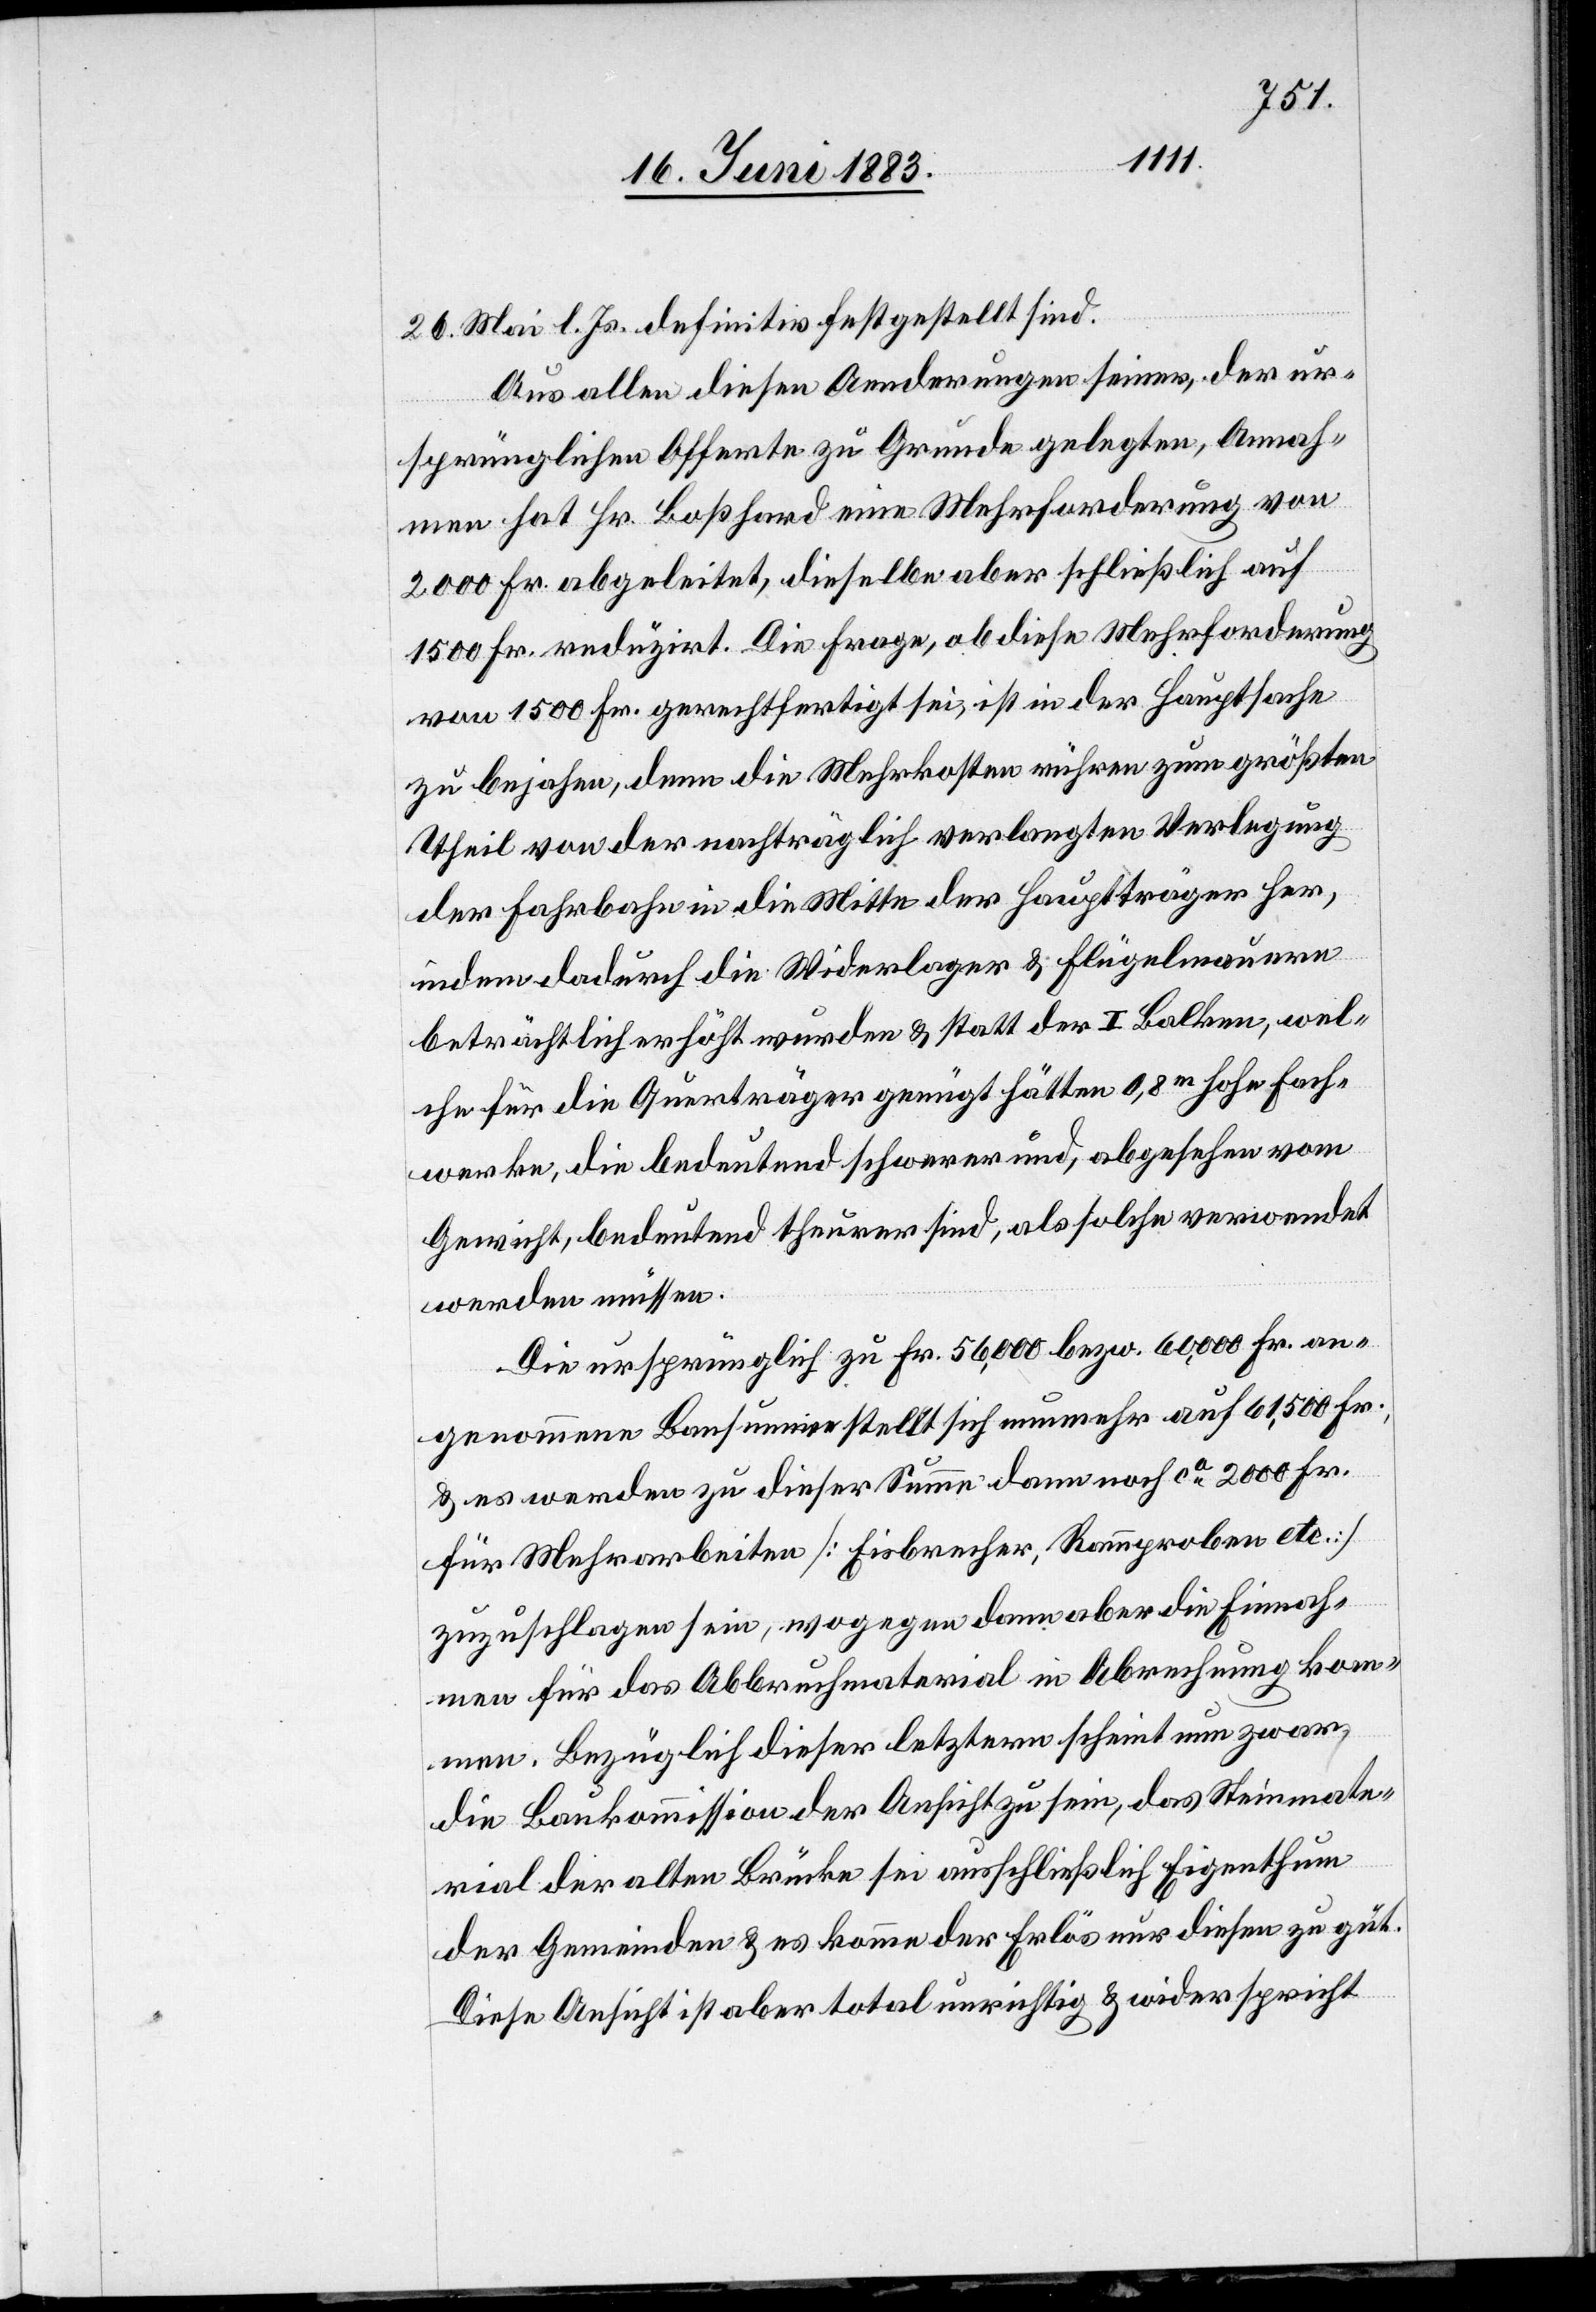
26. Mai l. Js. definitiv festgestellt sind.
Aus allen diesen Aenderungen seiner, der ur¬
sprünglichen Offerten zu Grunde gelegten, Annah¬
men hat Hr. Boßhard eine Mehrforderung von
2000 Fr. abgeleitet, dieselben aber schließlich auf
1500 Fr. reduzirt. Die Frage, ob diese Mehrforderung
von 1500 Fr. gerechtfertigt sei, ist in der Hauptsache
zu bejahren, denn die Mehrkosten rühren zum größten
Theil von der nachträglich verlangten Verlegung
der Fahrbahn in die Mitte der Hauptträger her,
indem dadurch die Widerlager & Flügelmauern
beträchtlich erhöht wurden & statt der I Balken, wel¬
che für die Querträger genügt hätten 0,8m hohe Fach¬
werken, die bedeutend schwerer und, abgesehen vom
Gewicht, bedeutend theurer sind, als solche verwendet
werden müssen.
Die ursprünglich zu Fr. 56,000 bezw. 60,000 Fr. an¬
genommene Bausumme stellt sich nunmehr auf 61,500 Fr.,
& es werden zu dieser Summe dann noch ca 2000 Fr.
für Mehrarbeiten [Eisbrecher, Raumproben etc.]
zuzuschlagen sein, wogegen dann aber die Einnah¬
men für das Abbruchmaterial in Abrechnung kom¬
men. Bezüglich dieser letztern scheint nun zwar
die Baukommission der Ansicht zu sein, das Steinmate¬
rial der alten Brücke sei ausschließlich Eigenthum
der Gemeinden & es komme der Erlös nur diesen zu gut.
Diese Ansicht ist aber total unrichtig & widerspricht